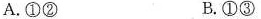
A.①② B.①③